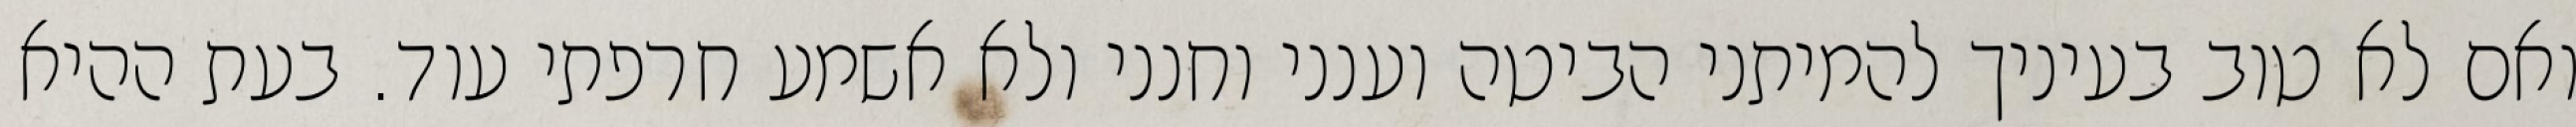
ואם לא טוב בעיניך להמיתני הביטה וענני וחנני ולא אשמע חרפתי עוד. בעת ההיא